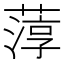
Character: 𮶱